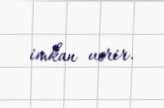
imkan verir.